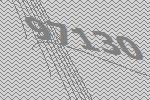
97130